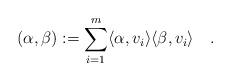
LaTeX: \begin{align*} (\alpha,\beta):=\sum_{i=1}^m \langle \alpha, v_i\rangle\langle \beta,v_i\rangle\quad.\end{align*}